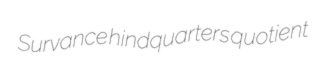
Survance hindquarters quotient